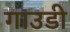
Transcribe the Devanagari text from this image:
गाउडी